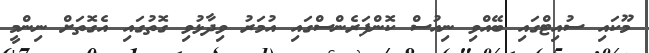
މޫކައި ސުއިޓްގައި ބޭއްވި ނިއުސް ކޮންފަރެންސްގައި އުމަރު ވިދާޅުވި ގޮތުގައި އެގޮތަށް ނިންމީ